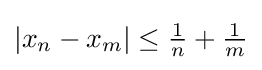
|x_{n}-x_{m}|\leq {\tfrac {1}{n}}+{\tfrac {1}{m}}